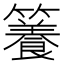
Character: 𥶑